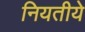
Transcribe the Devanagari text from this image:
नियतीये